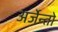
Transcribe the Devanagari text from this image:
अर्जेन्तो